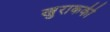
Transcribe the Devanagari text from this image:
खुराककी